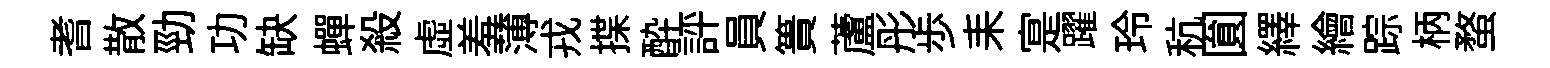
耆散勁功缺蟬殺虚羞薄戎揲酔評員簣蘆彤歩耒寔躍玲秔圎繹繪踪柄蝥